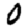
Digit: 0